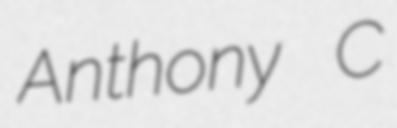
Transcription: Anthony C